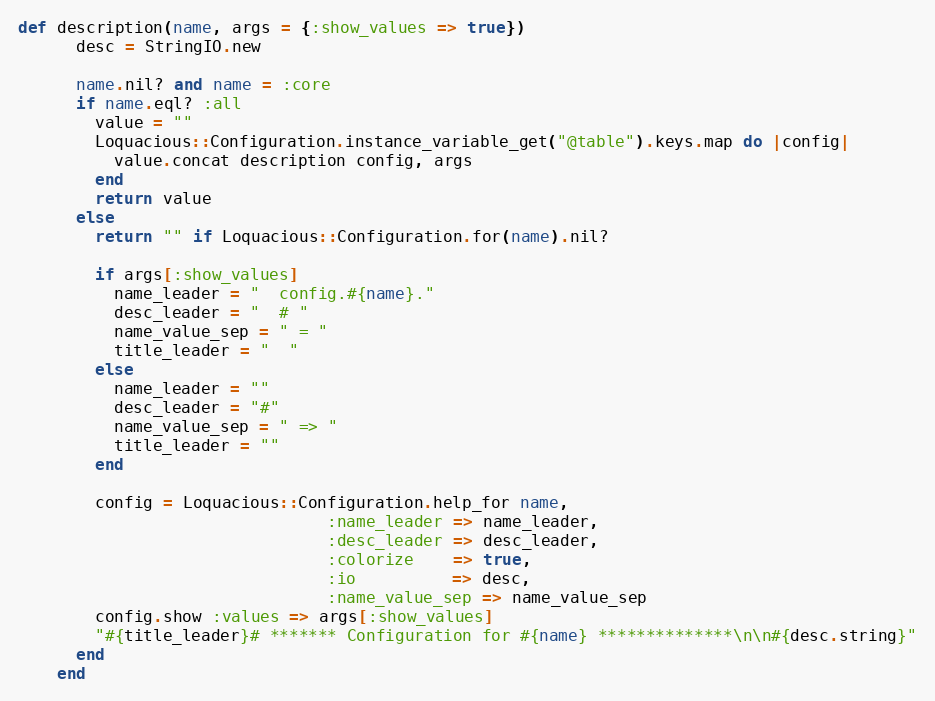
Language: Ruby
def description(name, args = {:show_values => true})
      desc = StringIO.new

      name.nil? and name = :core
      if name.eql? :all
        value = ""
        Loquacious::Configuration.instance_variable_get("@table").keys.map do |config|
          value.concat description config, args
        end
        return value
      else
        return "" if Loquacious::Configuration.for(name).nil?

        if args[:show_values]
          name_leader = "  config.#{name}."
          desc_leader = "  # "
          name_value_sep = " = "
          title_leader = "  "
        else
          name_leader = ""
          desc_leader = "#"
          name_value_sep = " => "
          title_leader = ""
        end

        config = Loquacious::Configuration.help_for name,
                                :name_leader => name_leader,
                                :desc_leader => desc_leader,
                                :colorize    => true,
                                :io          => desc,
                                :name_value_sep => name_value_sep
        config.show :values => args[:show_values]
        "#{title_leader}# ******* Configuration for #{name} **************\n\n#{desc.string}"
      end
    end